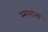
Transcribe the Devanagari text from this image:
स्मशाना